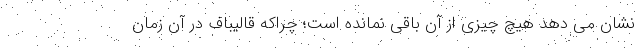
نشان می دهد هیچ چیزی از آن باقی نمانده است؛ چراکه قالیباف در آن زمان